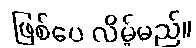
ဖြစ်ပေ လိမ့်မည်။